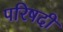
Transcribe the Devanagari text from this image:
परिषदी